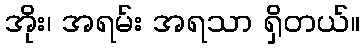
အိုး၊ အရမ်း အရသာ ရှိတယ်။